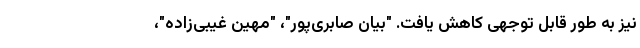
نیز به طور قابل توجهی کاهش یافت. "بیان صابری‌پور"، "مهین غیبی‌زاده"،